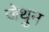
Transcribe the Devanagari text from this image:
जेथुन